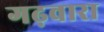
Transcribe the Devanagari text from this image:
गढ़वारा